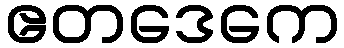
ဧတဒေကေ